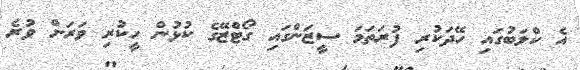
އެ ކްލަބުގައި ހޭދަކުރި ފުރަތަމަ ސީޒަންގައި ގޯޓްޒޭގެ ކުޅުން ހީކުރި ވަރަށް ވުރެ